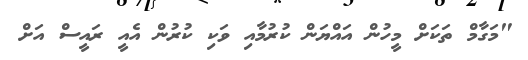
"މަގާމް ތަކަށް މީހުން އައްޔަން ކުރުމާއި ވަކި ކުރުން އެއީ ރައީސް އަށް